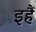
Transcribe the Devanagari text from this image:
इहैं